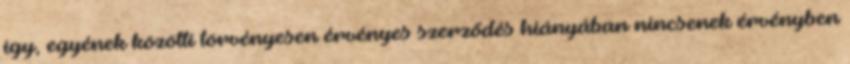
így, egyének közötti törvényesen érvényes szerződés hiányában nincsenek érvényben